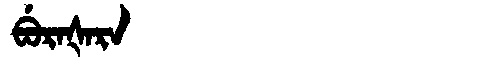
Manchu: ᠪᡠᡵᠠᡧᠠᡵᠠ
Romanization: BURAŠARA